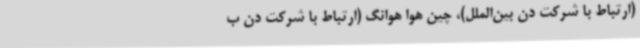
(ارتباط با شرکت دن بین‌الملل)، چین هوا هوانگ (ارتباط با شرکت دن ب